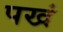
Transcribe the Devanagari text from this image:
पखं